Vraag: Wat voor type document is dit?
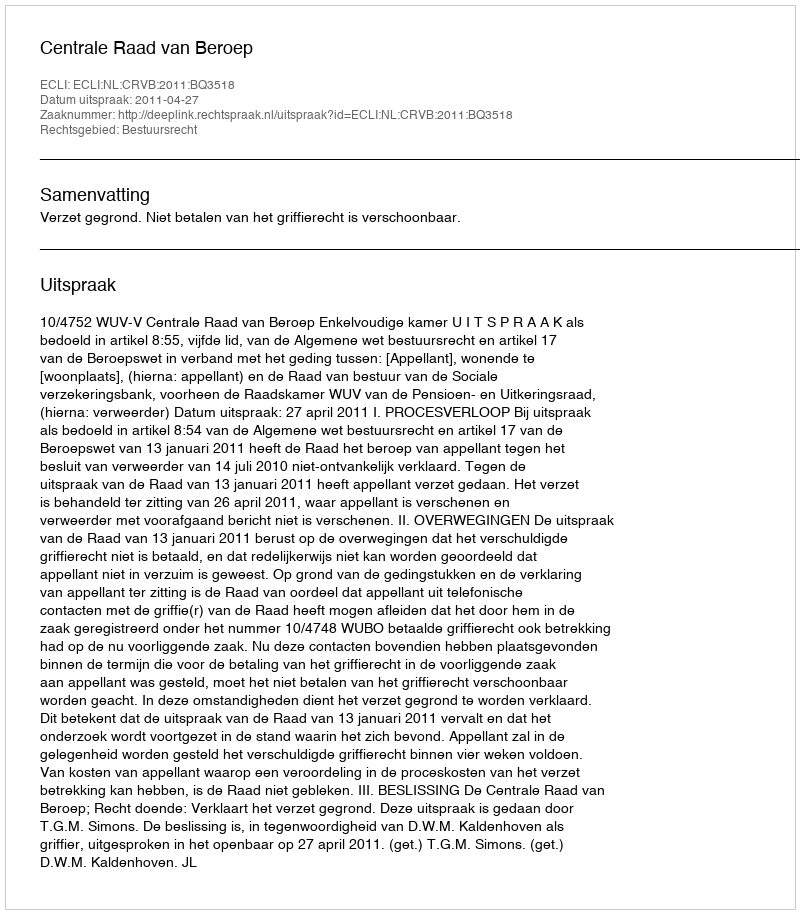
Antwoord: Uitspraak